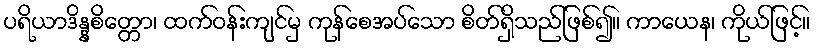
ပရိယာဒိန္နစိတ္တော၊ ထက်ဝန်းကျင်မှ ကုန်စေအပ်သော စိတ်ရှိသည်ဖြစ်၍။ ကာယေန၊ ကိုယ်ဖြင့်။